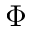
\Phi